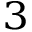
^ 3